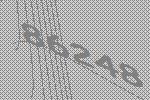
86248